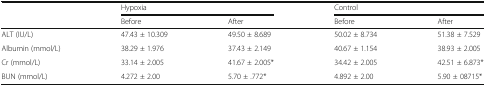
<table><thead><tr><td rowspan="2"></td><td colspan="2"><b>Hypoxia</b></td><td colspan="2"><b>Control</b></td></tr><tr><td><b>Before</b></td><td><b>After</b></td><td><b>Before</b></td><td><b>After</b></td></tr></thead><tbody><tr><td>ALT (IU/L)</td><td>47.43 ± 10.309</td><td>49.50 ± 8.689</td><td>50.02 ± 8.734</td><td>51.38 ± 7.529</td></tr><tr><td>Albumin (mmol/L)</td><td>38.29 ± 1.976</td><td>37.43 ± 2.149</td><td>40.67 ± 1.154</td><td>38.93 ± 2.005</td></tr><tr><td>Cr (mmol/L)</td><td>33.14 ± 2.005</td><td>41.67 ± 2.005*</td><td>34.42 ± 2.005</td><td>42.51 ± 6.873*</td></tr><tr><td>BUN (mmol/L)</td><td>4.272 ± 2.00</td><td>5.70 ± .772*</td><td>4.892 ± 2.00</td><td>5.90 ± 08715*</td></tr></tbody></table>